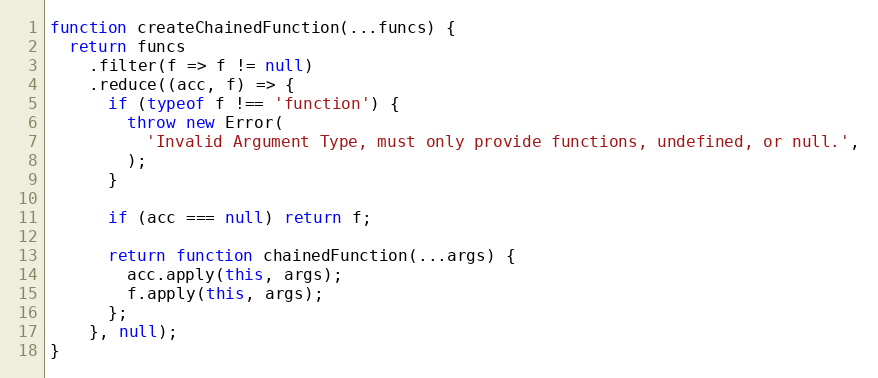
Language: JavaScript
function createChainedFunction(...funcs) {
  return funcs
    .filter(f => f != null)
    .reduce((acc, f) => {
      if (typeof f !== 'function') {
        throw new Error(
          'Invalid Argument Type, must only provide functions, undefined, or null.',
        );
      }

      if (acc === null) return f;

      return function chainedFunction(...args) {
        acc.apply(this, args);
        f.apply(this, args);
      };
    }, null);
}